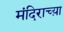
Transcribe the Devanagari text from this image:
मंदिराच्य़ा